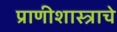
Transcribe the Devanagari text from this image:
प्राणीशास्त्राचे